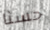
حسنا